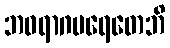
ဘဝရာဂပရေတေဘိ